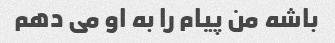
باشه من پیام را به او می دهم